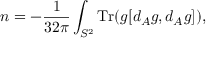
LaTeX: n = - \frac { 1 } { 3 2 \pi } \int _ { S ^ { 2 } } \mathrm { T r } ( g [ d _ { A } g , d _ { A } g ] ) ,